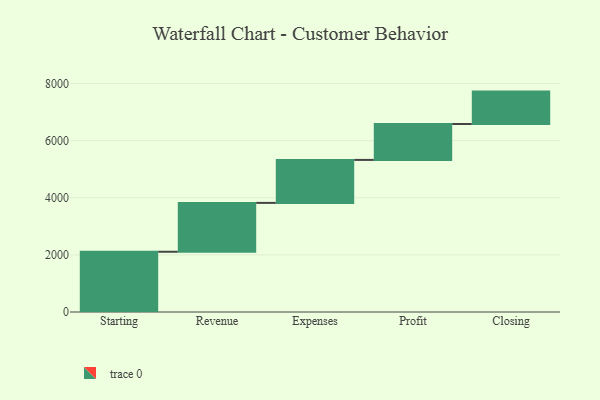
{"axis": {"x": "Step", "y": "Value"}, "legend": [""], "data": [{"x": "Starting", "y": 2110.0, "type": ""}, {"x": "Revenue", "y": 1711.0, "type": ""}, {"x": "Expenses", "y": 1505.0, "type": ""}, {"x": "Profit", "y": 1258.0, "type": ""}, {"x": "Closing", "y": 1134.0, "type": ""}]}